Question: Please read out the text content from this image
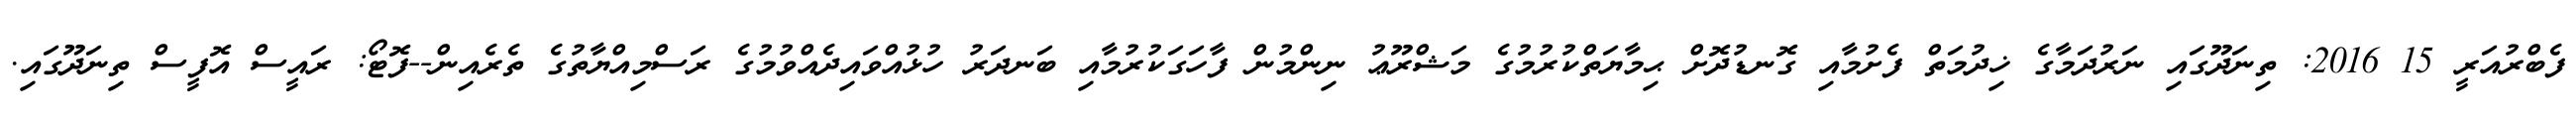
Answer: ފެބްރުއަރީ 15 2016: ތިނަދޫގައި ނަރުދަމާގެ ޚިދުމަތް ފެށުމާއި ގޮނޑުދޮށް ޙިމާޔަތްކުރުމުގެ މަޝްރޫޢު ނިންމުން ފާހަގަކުރުމާއި ބަނދަރު ހުޅުއްވައިދެއްވުމުގެ ރަސްމިއްޔާތުގެ ތެރެއިން--ފޮޓޯ: ރައީސް އޮފީސް ތިނަދޫގައި.